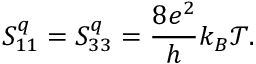
{ S _ { 1 1 } ^ { q } = S _ { 3 3 } ^ { q } = \frac { 8 e ^ { 2 } } { h } k _ { B } \mathcal { T } . }